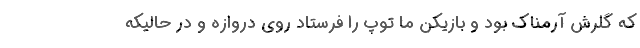
که گلرش آرمناک بود و بازیکن ما توپ را فرستاد روی دروازه و در حالیکه